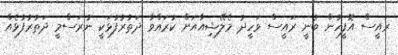
ރައީސް އޮފީހުން ބުނީ ރައީސް ވަހީދު މެލޭޝިއާއަށް ކުރައްވާ ދަތުރުފުޅަކީ ނުރަސްމީ ދަތުރުފުޅެއް